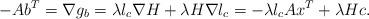
LaTeX: \begin{align*}-Ab^T=\nabla g_b=\lambda l_c\nabla H+\lambda H\nabla l_c=-\lambda l_c Ax^T+\lambda H c.\end{align*}